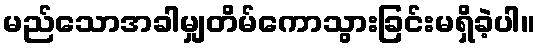
မည်သောအခါမျှတိမ်ကောသွားခြင်းမရှိခဲ့ပါ။